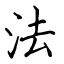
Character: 法